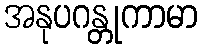
အနုပဂန္တုကာမာ